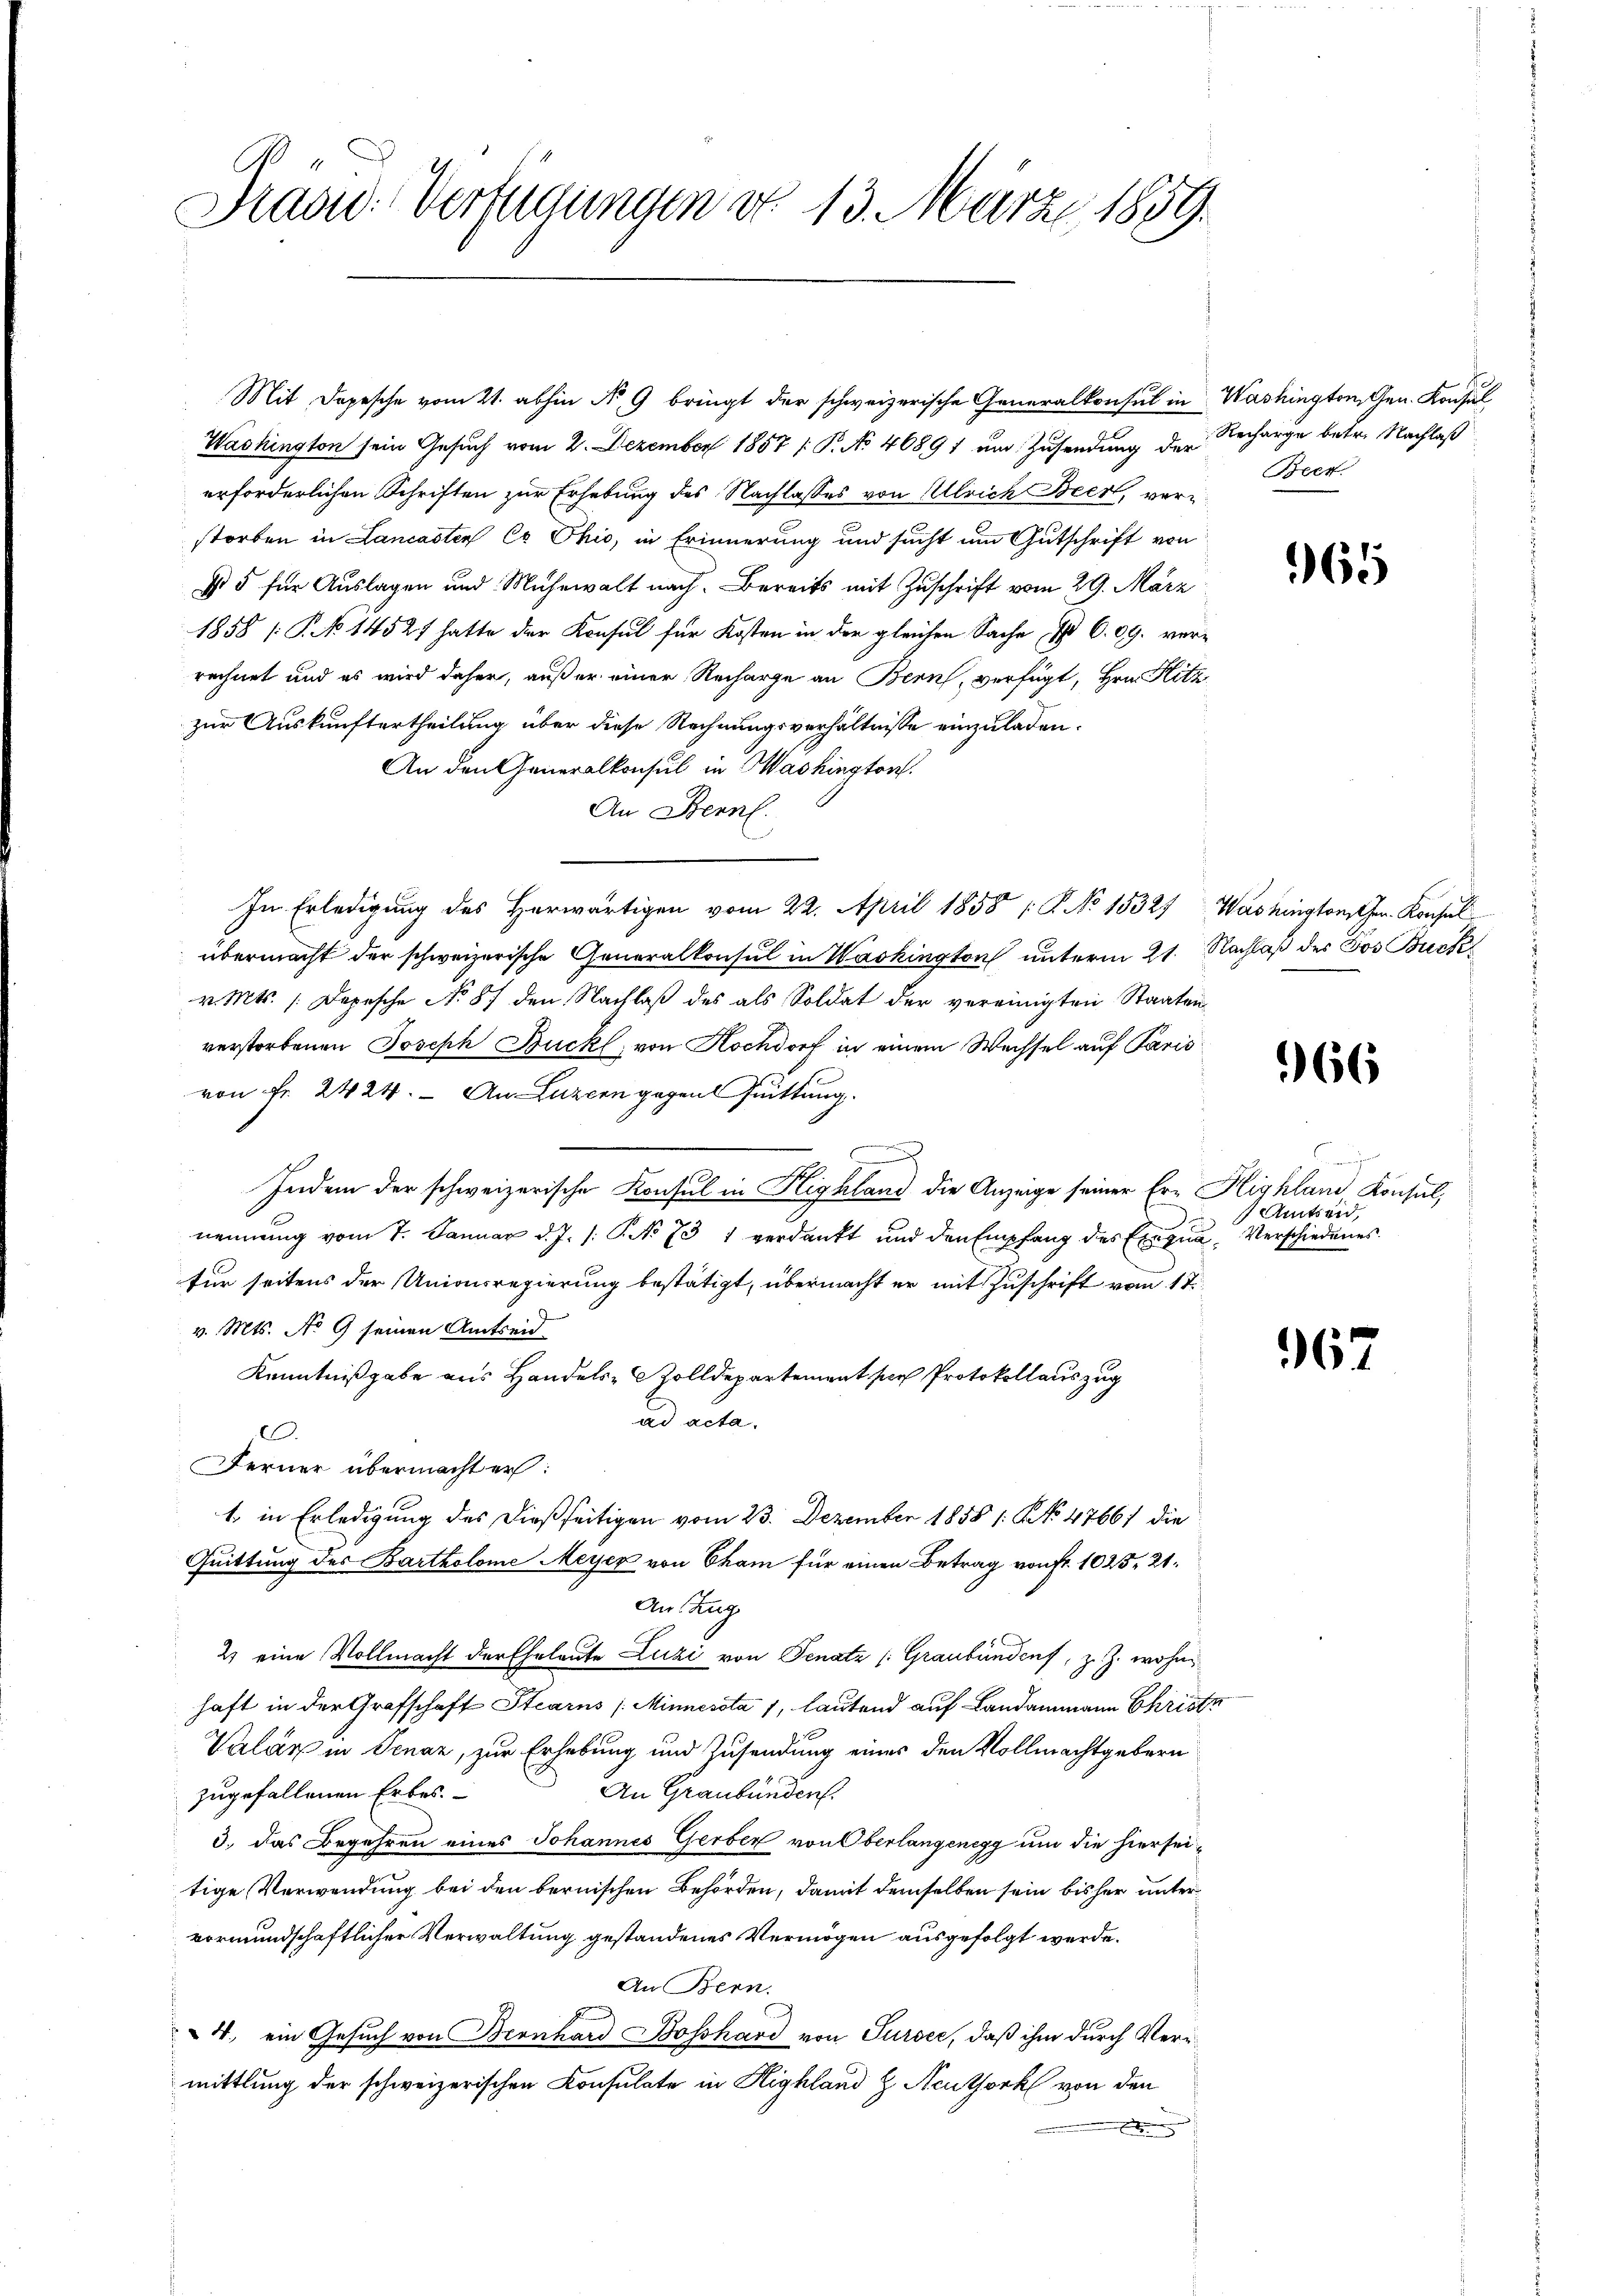
Prad-Verfügungen d. 13. März 1859.

Mit Depesche vom 21. abhin Nr. 9 bringt der schweizerische Generalkonsul in Washington, Gen. Konsul
Washington sein Gesuch vom 2. Dezember 1857 / P. No 46891 um Zusendung der
erforderlichen Schriften zur Erhebung des Nachlasses von Ulrich Beert, verstorben in Lancasten Co Ohio, in Erinnerung und sucht um Gutschrift von
 5 für Auslagen und Mühewalt nach. Bereits mit Zuschrift vom 29. März
1858 [P. No 14527 hatte der Konsul für Kosten in der gleichen Sache I 609. verrechnet und es wird daher, auß er einer Recharge an Bern, verfügt, Hrn. Hitz
zur Auskunftertheilung über diese Rechnungsverhältnisse einzuladen.
An den Generalkonsul in Washington
An Brennl.
In Erledigung des Herwärtigen vom 22. April 1858 / P. No 1532) Washingtonschen Konsul
übermacht der schweizerische Generalkonsul in Washington unterm 21. Nachlaß des Jos Buck
v. Mts. Depesche No 87 den Nachlaß des als Soldat der vereinigten Staaten
verstorbenen Joseph Buckl, von Kochdorf in einem Wechsel auf Paris
von Fr. 2424. — An Luzern gegent Quittung.
Indem der schweizerische Konsul in Highland die Anzeige seiner Er- Highland Konsul,
nennung vom 7. Januar d. J. /: P. No 731 verdankt und den Empfang des Exequa, Verschiedenes
für seitens der Unionsregierung bestätigt, übermacht er mit Zuschrift vom 17.
v. Mts. No 9 seinen Amtseid
Kenntnißgabe aus Handels- Zolldepartement sich Protokollauszug
ad acta.
.
Ferner übermacht er:
1. in Erledigung des dießseitigen vom 23. Dezember 1858 1: No 47661 die
Quittung des Bartholome Meyer von Cham für einen Betrag von Fr. 1025, 21.
Auszug
2) eine Vollmacht der Eheleute Luzi von Senatz (Graubünden, z. Z. wohn
haft in der Grafschaft Stearns (Minnessta 1, lautend auf Landammann Christe
Valár in Jenar, zur Erhebung und Zusendung eines den Vollmachtgebern
An Graubünden.
zugefallenen Erbes.
3.) Das Begehren eines Johannes Gerber von Oberlangenegg um die hierseitige Verwendung bei den bernischen Behörden, damit demselben sein bisher unter
vormundschaftlicher Verwaltung gestandenes Vermögen ausgefolgt werde.
An Bern.
4. ein Gesuch von Bernhard Bosshard von Sursee, daß ihm durch Vermittlung der schweizerischen Konsulate in Highland H. Neuthork von den

Recharge betr. Nachlaß
Becr.

965

66

meinen eine
Amtseid,
.

962